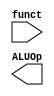
module ALUControl (
		input[5:0] funct,
		output wire[1:0] ALUOp,
);
	//为R型指令生成ALUOp
	

endmodule